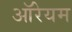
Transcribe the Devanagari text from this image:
ऑरेयम